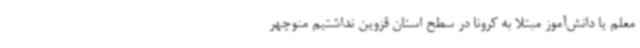
معلم یا دانش‌آموز مبتلا به کرونا در سطح استان قزوین نداشتیم منوچهر